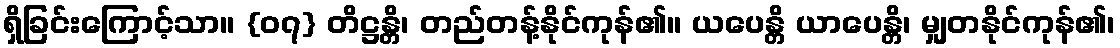
ရှိခြင်းကြောင့်သာ။ {၀၇} တိဋ္ဌန္တိ၊ တည်တန့်နိုင်ကုန်၏။ ယပေန္တိ ယာပေန္တိ၊ မျှတနိုင်ကုန်၏၊